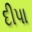
દીપા